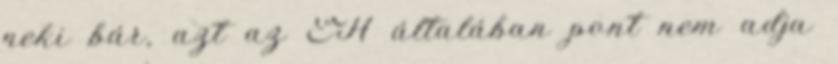
neki bár, azt az EH általában pont nem adja